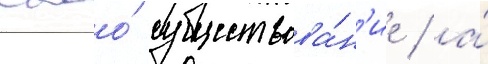
своо́ существова́н'ие / а́